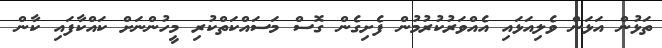
ތަޅުން އަޅަން ވެލިއަޅައި އެއްވަރުކުރުމުން ފެށިގެން ގޮސް މަސައްކަތްކުރި މީހުންނަށް ކައްކާފައި ކާން